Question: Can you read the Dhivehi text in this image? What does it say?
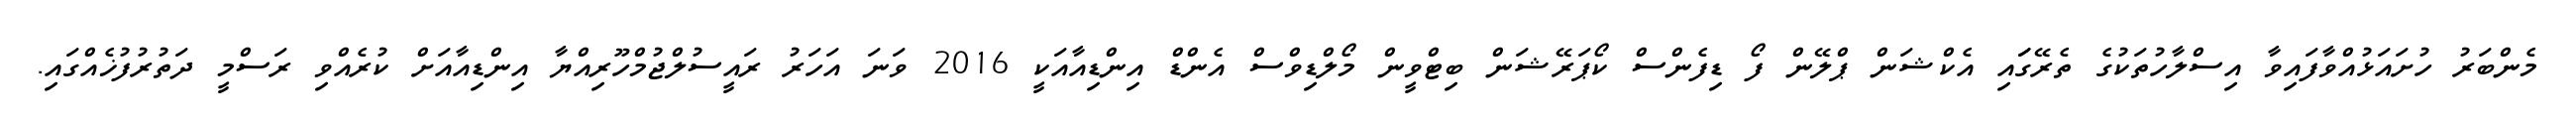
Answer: މެންބަރު ހުށައަޅުއްވާފައިވާ އިސްލާހުތަކުގެ ތެރޭގަައި އެކްޝަން ޕްލޭން ފޯ ޑިފެންސް ކޯޕަރޭޝަން ބިޓްވީން މޯލްޑިވްސް އެންޑް އިންޑިއާއަކީ 2016 ވަނަ އަހަރު ރައީސުލްޖުމްހޫރިއްޔާ އިންޑިއާއަށް ކުރެއްވި ރަސްމީ ދަތުރުފުޚެއްގައި.